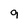
Character: 9